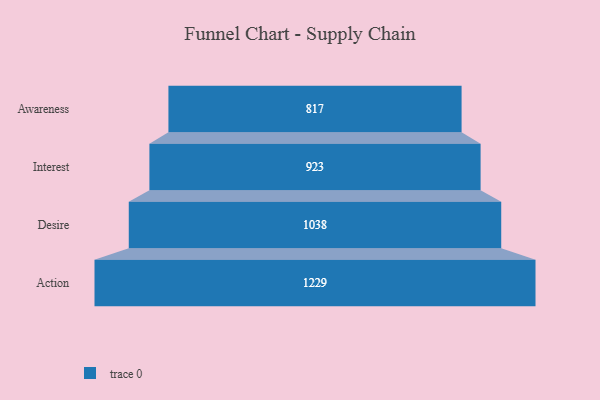
{"axis": {"x": "Stage", "y": "Value"}, "legend": [""], "data": [{"x": "Awareness", "y": 817.0, "type": ""}, {"x": "Interest", "y": 923.0, "type": ""}, {"x": "Desire", "y": 1038.0, "type": ""}, {"x": "Action", "y": 1229.0, "type": ""}]}